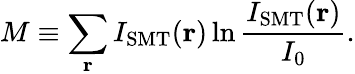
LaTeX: M\equiv\sum_{\textbf{r}}I_{\mathrm{SMT}}(\textbf{r})\ln\frac{I_{\mathrm{SMT}}(\textbf{r})}{I_{0}}.